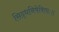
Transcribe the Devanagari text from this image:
सिद्धनिषेविताः॥